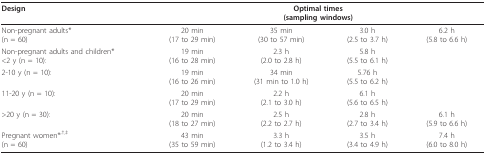
<table><thead><tr><td><b>Design</b></td><td colspan="4"><b>Optimal times (sampling windows)</b></td></tr></thead><tbody><tr><td>Non-pregnant adults*(n = 60)</td><td>20 min(17 to 29 min)</td><td>35 min(30 to 57 min)</td><td>3.0 h(2.5 to 3.7 h)</td><td>6.2 h(5.8 to 6.6 h)</td></tr><tr><td>Non-pregnant adults and children*&lt;2 y (n = 10):</td><td>19 min(16 to 28 min)</td><td>2.3 h(2.0 to 2.8 h)</td><td>5.8 h(5.5 to 6.1 h)</td><td></td></tr><tr><td>2-10 y (n = 10):</td><td>19 min(16 to 26 min)</td><td>34 min(31 min to 1.0 h)</td><td>5.76 h(5.5 to 6.2 h)</td><td></td></tr><tr><td>11-20 y (n = 10):</td><td>20 min(17 to 29 min)</td><td>2.2 h(2.1 to 3.0 h)</td><td>6.1 h(5.6 to 6.5 h)</td><td></td></tr><tr><td>&gt;20 y (n = 30):</td><td>20 min(18 to 27 min)</td><td>2.5 h(2.2 to 2.7 h)</td><td>2.8 h(2.7 to 3.4 h)</td><td>6.1 h(5.9 to 6.6 h)</td></tr><tr><td>Pregnant women*<sup>,†,‡</sup>(n = 60)</td><td>43 min(35 to 59 min)</td><td>3.3 h(1.2 to 3.4 h)</td><td>3.5 h(3.4 to 4.9 h)</td><td>7.4 h(6.0 to 8.0 h)</td></tr></tbody></table>